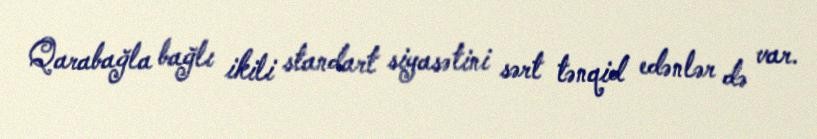
Qarabağla bağlı ikili standart siyasətini sərt tənqid edənlər də var.